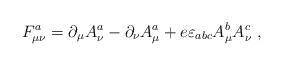
LaTeX: \begin{align*}F_{\mu\nu}^{a}=\partial_{\mu}A_{\nu}^{a}-\partial_{\nu}A_{\mu}^{a}+e\varepsilon_{abc}A_{\mu}^{b}A_{\nu}^{c}\ ,\end{align*}